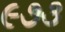
૯૭૩